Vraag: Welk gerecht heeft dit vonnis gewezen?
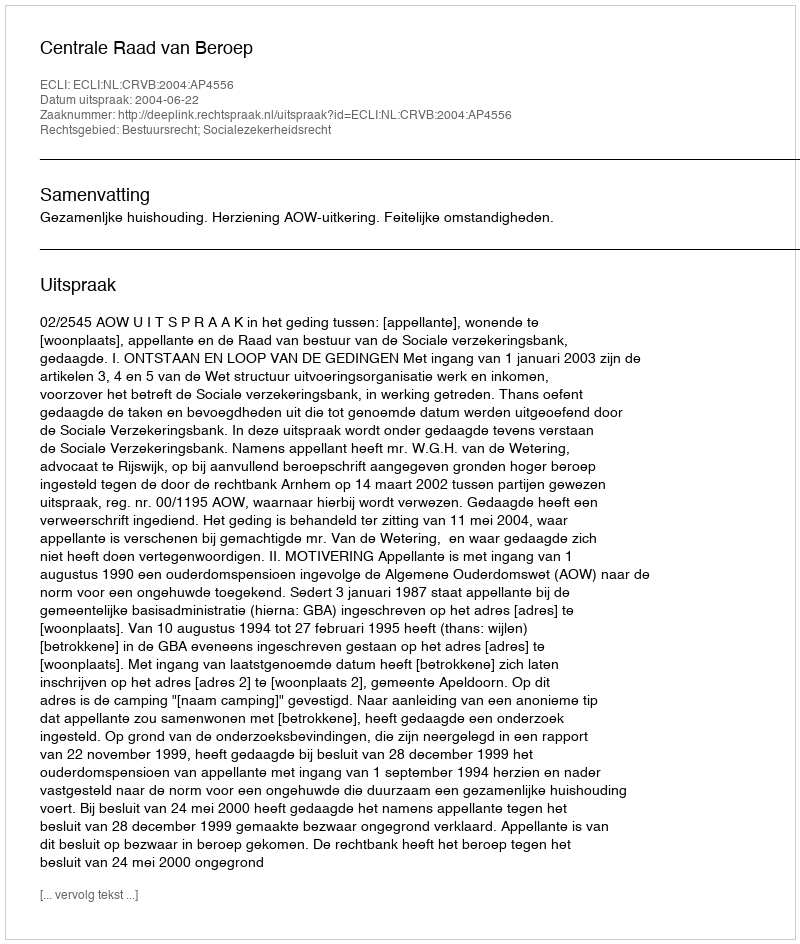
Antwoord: Centrale Raad van Beroep